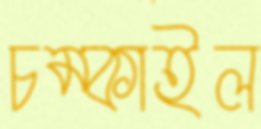
চম্‌কাইল